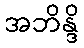
အဘိန္ဒိ